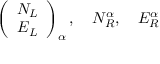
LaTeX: \left( \begin{array} { c } { { N _ { L } } } \\ { { E _ { L } } } \end{array} \right) _ { \alpha } , \quad N _ { R } ^ { \alpha } , \quad E _ { R } ^ { \alpha }